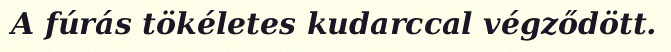
A fúrás tökéletes kudarccal végződött.